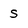
Character: s